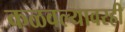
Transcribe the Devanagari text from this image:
कळवल्यावरही